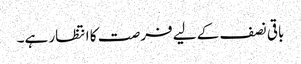
باقی نصف کے لیے فرصت کا انتظار ہے۔